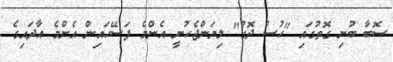
ސޮބާ ބުނި ގޮތުގައި "ހުސް ދޮގު" ލިޔަންޖެހުނީ އެންމެ ފަސޭހައިން އެންމެ އާދައިގެ